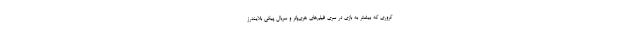
‌کروری که بیشتر به بازی در سری فیلم‌های هری‌پاتر و سریال پیکی بلایندرز